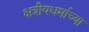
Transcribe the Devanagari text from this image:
क्षत्रीयधर्माच्या